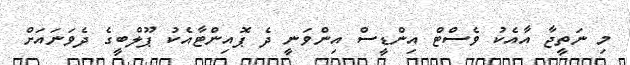
މި ނަތީޖާ އާއެކު ވެސްޓް އިންޑީސް އިންވަނީ ދެ ޕޮއިންޓާއެކު ޕޫލްބީގެ ދެވަނައަށް